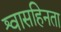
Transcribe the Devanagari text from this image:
श्वासहिनता